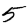
Digit: 5